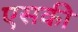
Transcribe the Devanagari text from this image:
एसकी